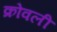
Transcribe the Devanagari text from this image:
क्रोवली